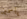
ياسمين